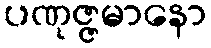
ပဏုဇ္ဇမာနော